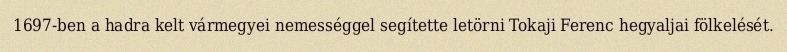
1697-ben a hadra kelt vármegyei nemességgel segítette letörni Tokaji Ferenc hegyaljai fölkelését.